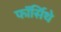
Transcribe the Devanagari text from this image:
फॉर्सिथे